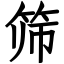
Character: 筛